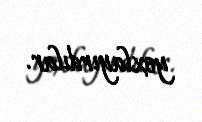
yoxlayırdılar.